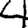
Digit: 4